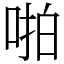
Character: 啪